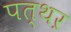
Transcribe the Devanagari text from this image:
पत्थऱ